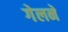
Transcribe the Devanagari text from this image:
गेलने